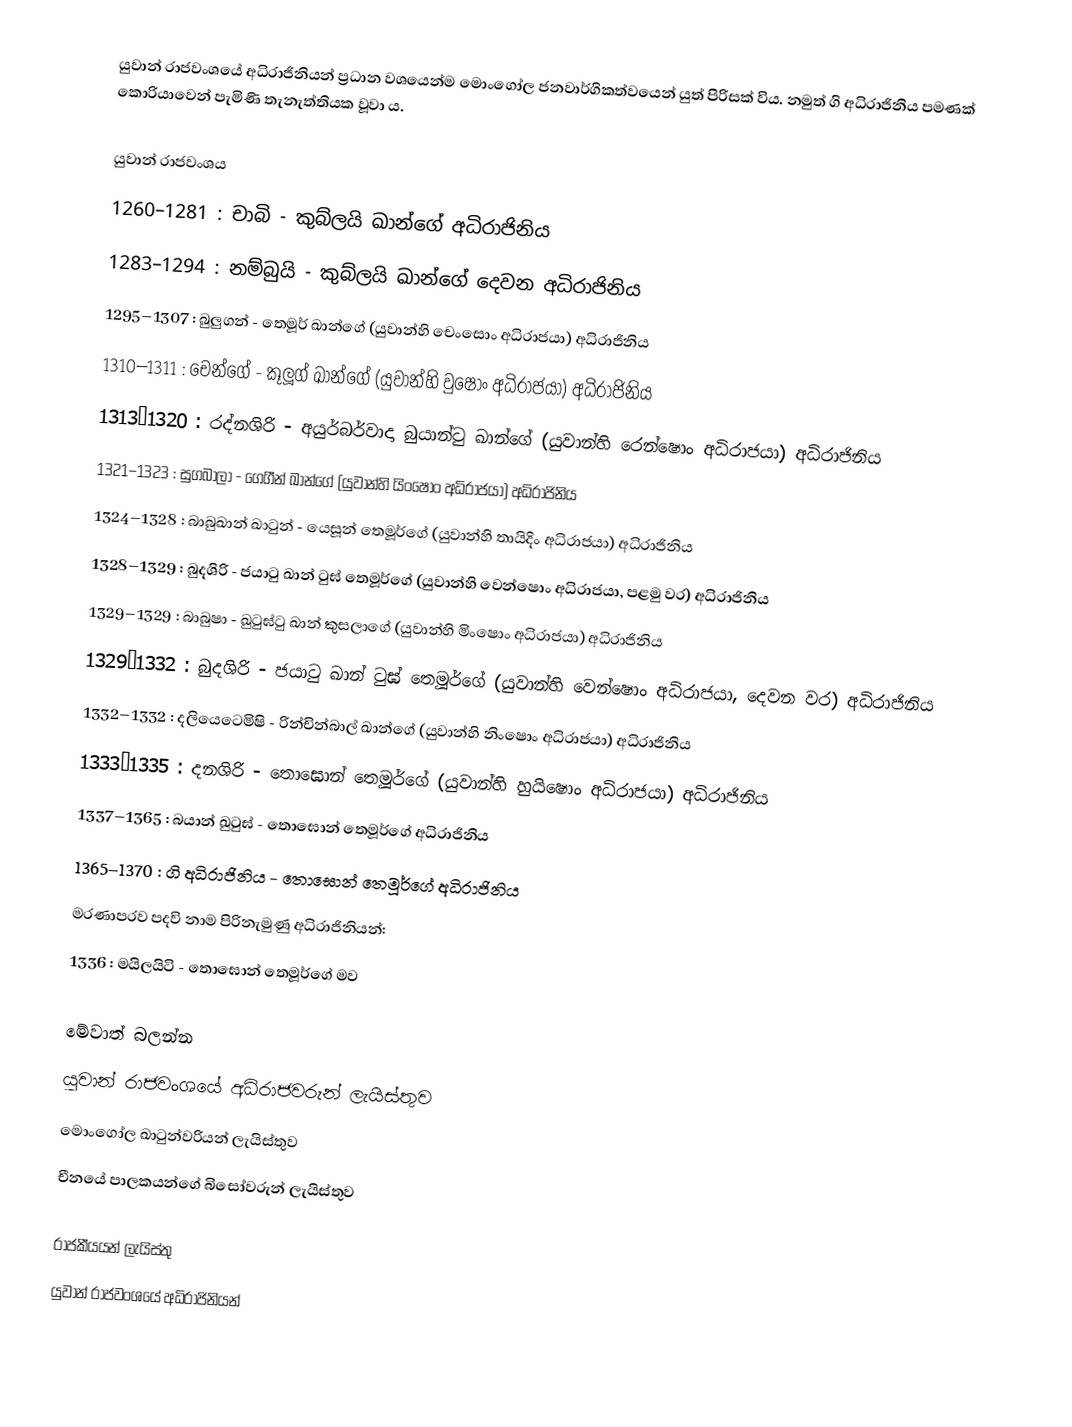
යුවාන් රාජවංශයේ අධිරාජිනියන් ප්‍රධාන වශයෙන්ම මොංගෝල ජනවාර්ගිකත්වයෙන් යුත් පිරිසක් විය. නමුත් ගි අධිරාජිනිය පමණක් කොරියාවෙන් පැමිණි තැනැත්තියක වූවා ය.

යුවාන් රාජවංශය
 1260–1281 : චාබි - කුබ්ලයි ඛාන්ගේ අධිරාජිනිය
 1283–1294 : නම්බුයි - කුබ්ලයි ඛාන්ගේ දෙවන අධිරාජිනිය
 1295–1307 : බුලුගන් - තෙමූර් ඛාන්ගේ (යුවාන්හි චෙංසොං අධිරාජයා) අධිරාජිනිය
 1310–1311   : චෙන්ගේ - කූලූග් ඛාන්ගේ (යුවාන්හි වුෂොං අධිරාජයා) අධිරාජිනිය
 1313–1320 : රද්නශිරි - අයුර්බර්වාදා බුයාන්ටු ඛාන්ගේ (යුවාන්හි රෙන්ෂොං අධිරාජයා) අධිරාජිනිය
 1321–1323 : සුගබාලා - ගෙගීන් ඛාන්ගේ (යුවාන්හි යිංෂොං අධිරාජයා) අධිරාජිනිය
 1324–1328 : බාබුඛාන් ඛාටුන් - යෙසූන් තෙමූර්ගේ (යුවාන්හි තායිදිං අධිරාජයා) අධිරාජිනිය
 1328–1329 : බුදශිරි - ජයාටු ඛාන් ටුඝ් තෙමූර්ගේ (යුවාන්හි වෙන්ෂොං අධිරාජයා, පළමු වර) අධිරාජිනිය
 1329–1329 : බාබුෂා - ඛුටුඝ්ටු ඛාන් කුසලාගේ (යුවාන්හි මිංෂොං අධිරාජයා) අධිරාජිනිය
 1329–1332 : බුදශිරි - ජයාටු ඛාන් ටුඝ් තෙමූර්ගේ (යුවාන්හි වෙන්ෂොං අධිරාජයා, දෙවන වර) අධිරාජිනිය
 1332–1332 : දලියෙටෙමිෂි - රින්චින්බාල් ඛාන්ගේ (යුවාන්හි නිංෂොං අධිරාජයා) අධිරාජිනිය
 1333–1335 : දනශිරි - තොඝොන් තෙමූර්ගේ (යුවාන්හි හුයිෂොං අධිරාජයා) අධිරාජිනිය
 1337–1365 : බයාන් ඛුටුඝ් - තොඝොන් තෙමූර්ගේ අධිරාජිනිය
 1365–1370 : ගි අධිරාජිනිය - තොඝොන් තෙමූර්ගේ අධිරාජිනිය
මරණාපරව පදවි නාම පිරිනැමුණු අධිරාජිනියන්:
 1336 : මයිලයිටි - තොඝොන් තෙමූර්ගේ මව

මේවාත් බලන්න
 යුවාන් රාජවංශයේ අධිරාජවරුන් ලැයිස්තුව
 මොංගෝල ඛාටුන්වරියන් ලැයිස්තුව
 චීනයේ පාලකයන්ගේ බිසෝවරුන් ලැයිස්තුව

රාජකීයයන් ලැයිස්තු
යුවාන් රාජවංශයේ අධිරාජිනියන්